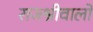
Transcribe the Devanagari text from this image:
राजश्रीवालों